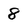
Character: 8